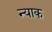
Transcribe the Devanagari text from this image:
न्याक